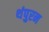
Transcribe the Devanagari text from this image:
थंपुरन